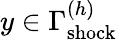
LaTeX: y\in\Gamma_{\mathrm{shock}}^{(h)}